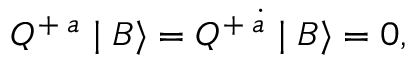
Q ^ { + \; a } \mid B \rangle = Q ^ { + \; \dot { a } } \mid B \rangle = 0 ,